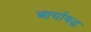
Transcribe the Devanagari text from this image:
आर्याबद्ध